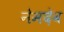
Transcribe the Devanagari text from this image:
नेमदेव